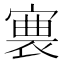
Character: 𡪊